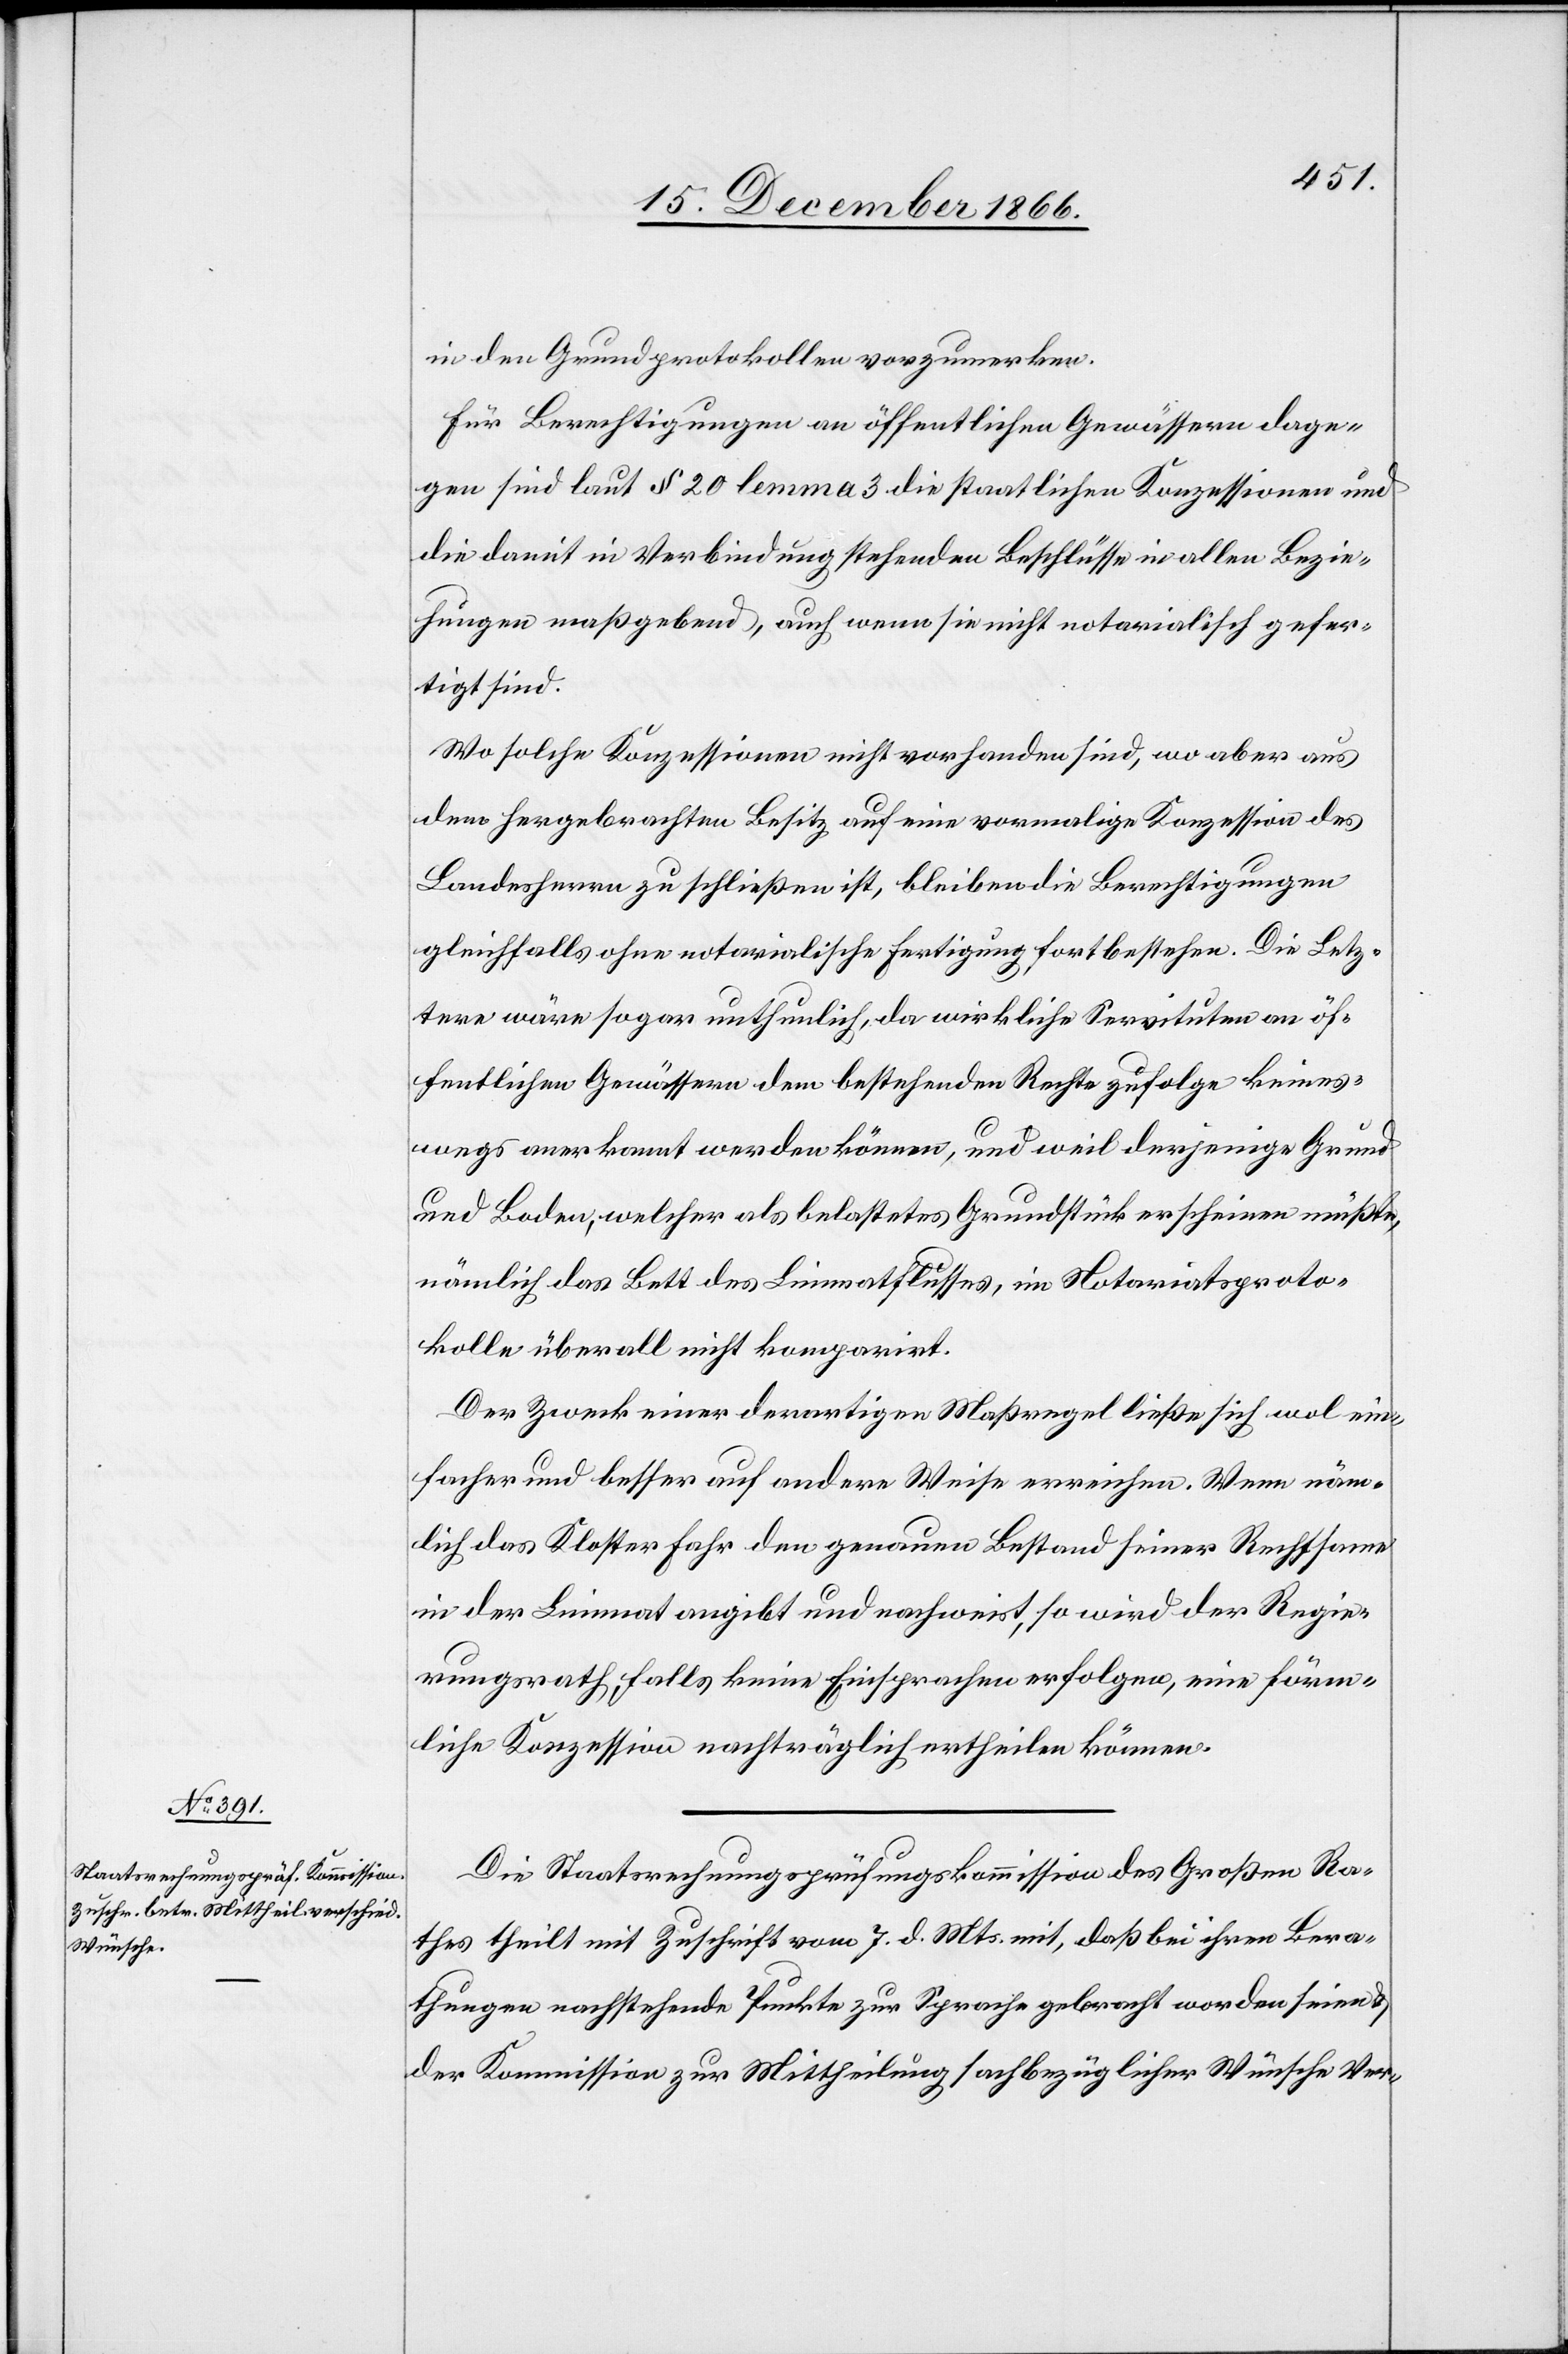
in den Grundprotokollen vorzumerken.
Für Berechtigungen an öffentlichen Gewässern dage¬
gen sind laut § 20 lemma 3 die staatlichen Konzessionen und
die damit in Verbindung stehenden Beschlüsse in allen Bezie¬
hungen maßgebend, auch wenn sie nicht notarialisch gefer¬
tigt sind.
Wo solche Konzessionen nicht vorhanden sind, wo aber aus
dem hergebrachten Besitz auf eine vormalige Konzession des
Landesherrn zu schließen ist, bleiben die Berechtigungen
gleichfalls ohne notarialische Fertigung forstbestehen. Die Letz¬
tere wäre sogar unthunlich, da wirkliche Servituten an öf¬
fentlichen Gewässern dem bestehenden Rechte zufolge keines¬
wegs anerkannt werden können, und weil derjenige Grund
und Boden, welcher als belastetes Grundstück erscheinen müßte,
nämlich das Bett des Limmatflusses, im Notariatsproto¬
kolle überall nicht komparirt.
Der Zweck einer derartigen Maßregel ließe sich wol ein¬
facher und besser auf andere Weise erreichen. Wenn näm¬
lich das Kloster Fahr den genauen Bestand seiner Rechtsame
in der Limmat angibt und nachweist, so wird der Regie¬
rungsrath, falls keine Einsprachen erfolgen, eine förm¬
liche Konzession nachträglich ertheilen können.
Die Staatsrechnungsprüfungskommission des Großen Ra¬
thes theilt mit Zuschrift vom 7. d. Mts. mit, daß bei ihren Bera¬
thungen nachstehende Punkte zur Sprache gebracht worden seien &
der Kommission zur Mittheilung sachbezüglicher Wünsche Ver-